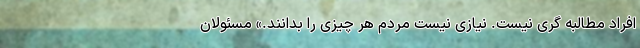
افراد مطالبه گری نیست. نیازی نیست مردم هر چیزی را بدانند.» مسئولان